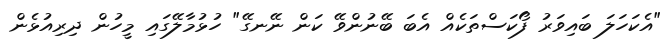
"އެކަހަލަ ބައިވަރު ފޯކަސްތަކެއް އެބަ ބޭނުންވޭ ކަން ނޭނގޭ" ހުޅުމާލޭގައި މީހުން ދިރިއުޅެން